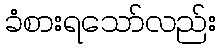
ခံစားရသော်လည်း